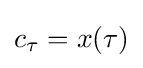
{\textstyle c_{\tau }=x(\tau )}